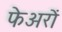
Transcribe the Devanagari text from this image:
फेअरों